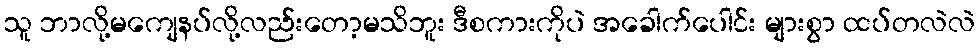
သူ ဘာလို့မကျေနပ်လို့လည်းတော့မသိဘူး ဒီစကားကိုပဲ အခေါက်ပေါင်း များစွာ ထပ်တလဲလဲ